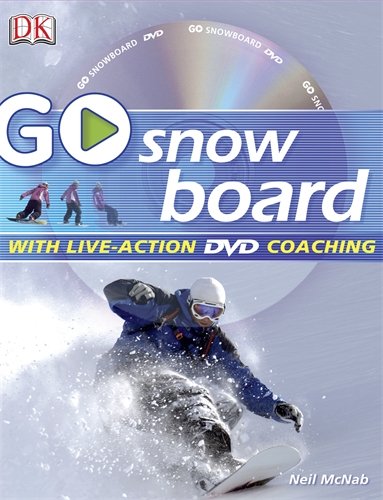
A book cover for Go Snowboard; Neil McNab; Sports & Outdoors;